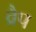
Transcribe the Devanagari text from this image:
व्रैप